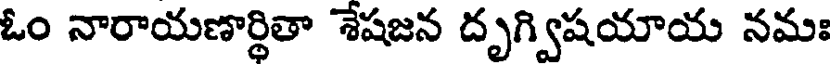
ఓం నారాయణార్థితా శేషజన దృగ్విషయాయ నమః